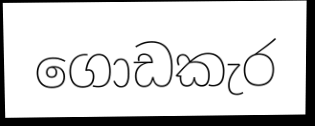
ගොඩකැර